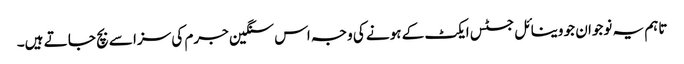
تاہم یہ نوجوان جو وینا ئل جسٹس ایکٹ کے ہونے کی وجہ اس سنگین جرم کی سزا سے بچ جا تے ہیں۔